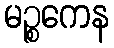
မဉ္စကေန